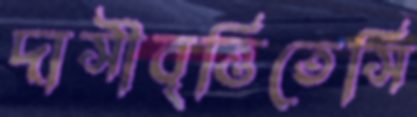
দাসীবৃত্তিতেসি